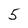
Character: 5